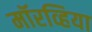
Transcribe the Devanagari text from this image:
मॉरव्हिया